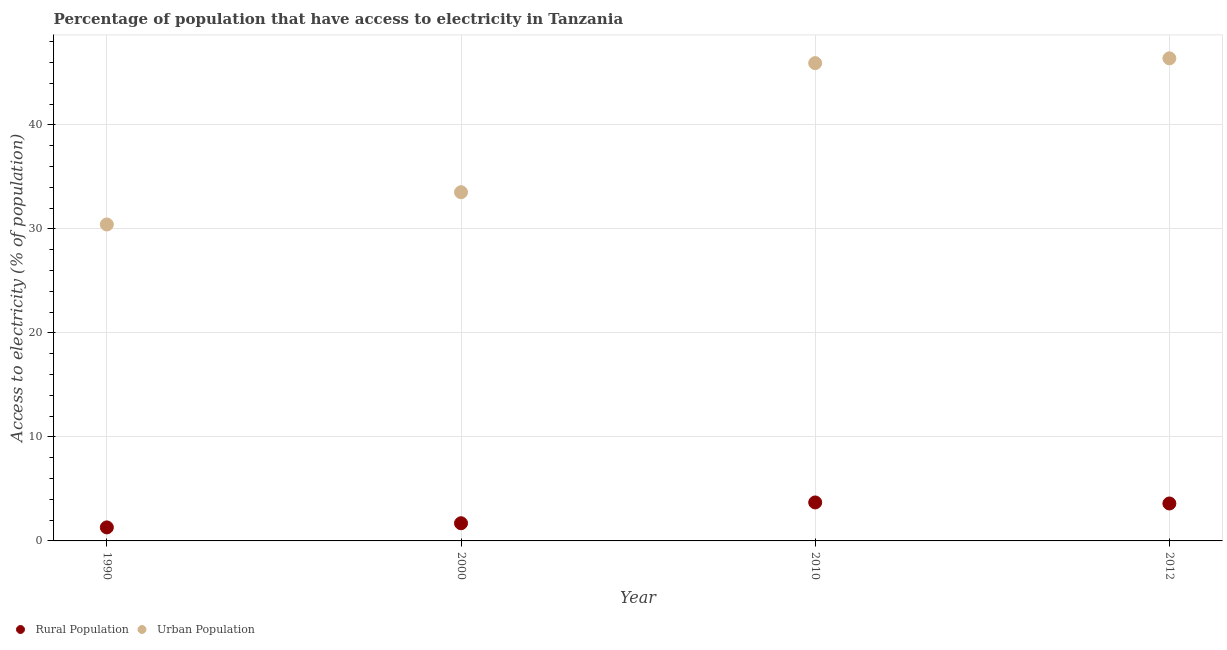
| Year | Rural Population | Urban Population |
 | --- | --- | --- |
 | 1990 | 1.3 | 30.4 |
 | 2000 | 1.7 | 33.5 |
 | 2010 | 3.7 | 45.9 |
 | 2012 | 3.6 | 46.4 |